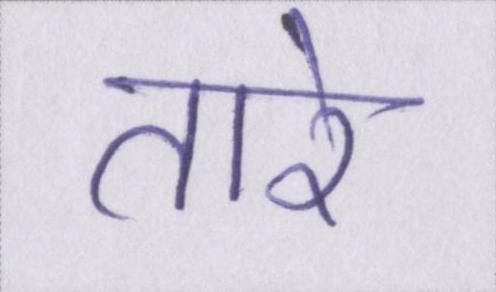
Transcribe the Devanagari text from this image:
तारे